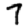
Digit: 7